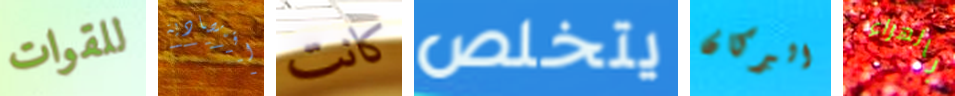
للقوات اقتصادية كانت يتخلص البركان بالهراء